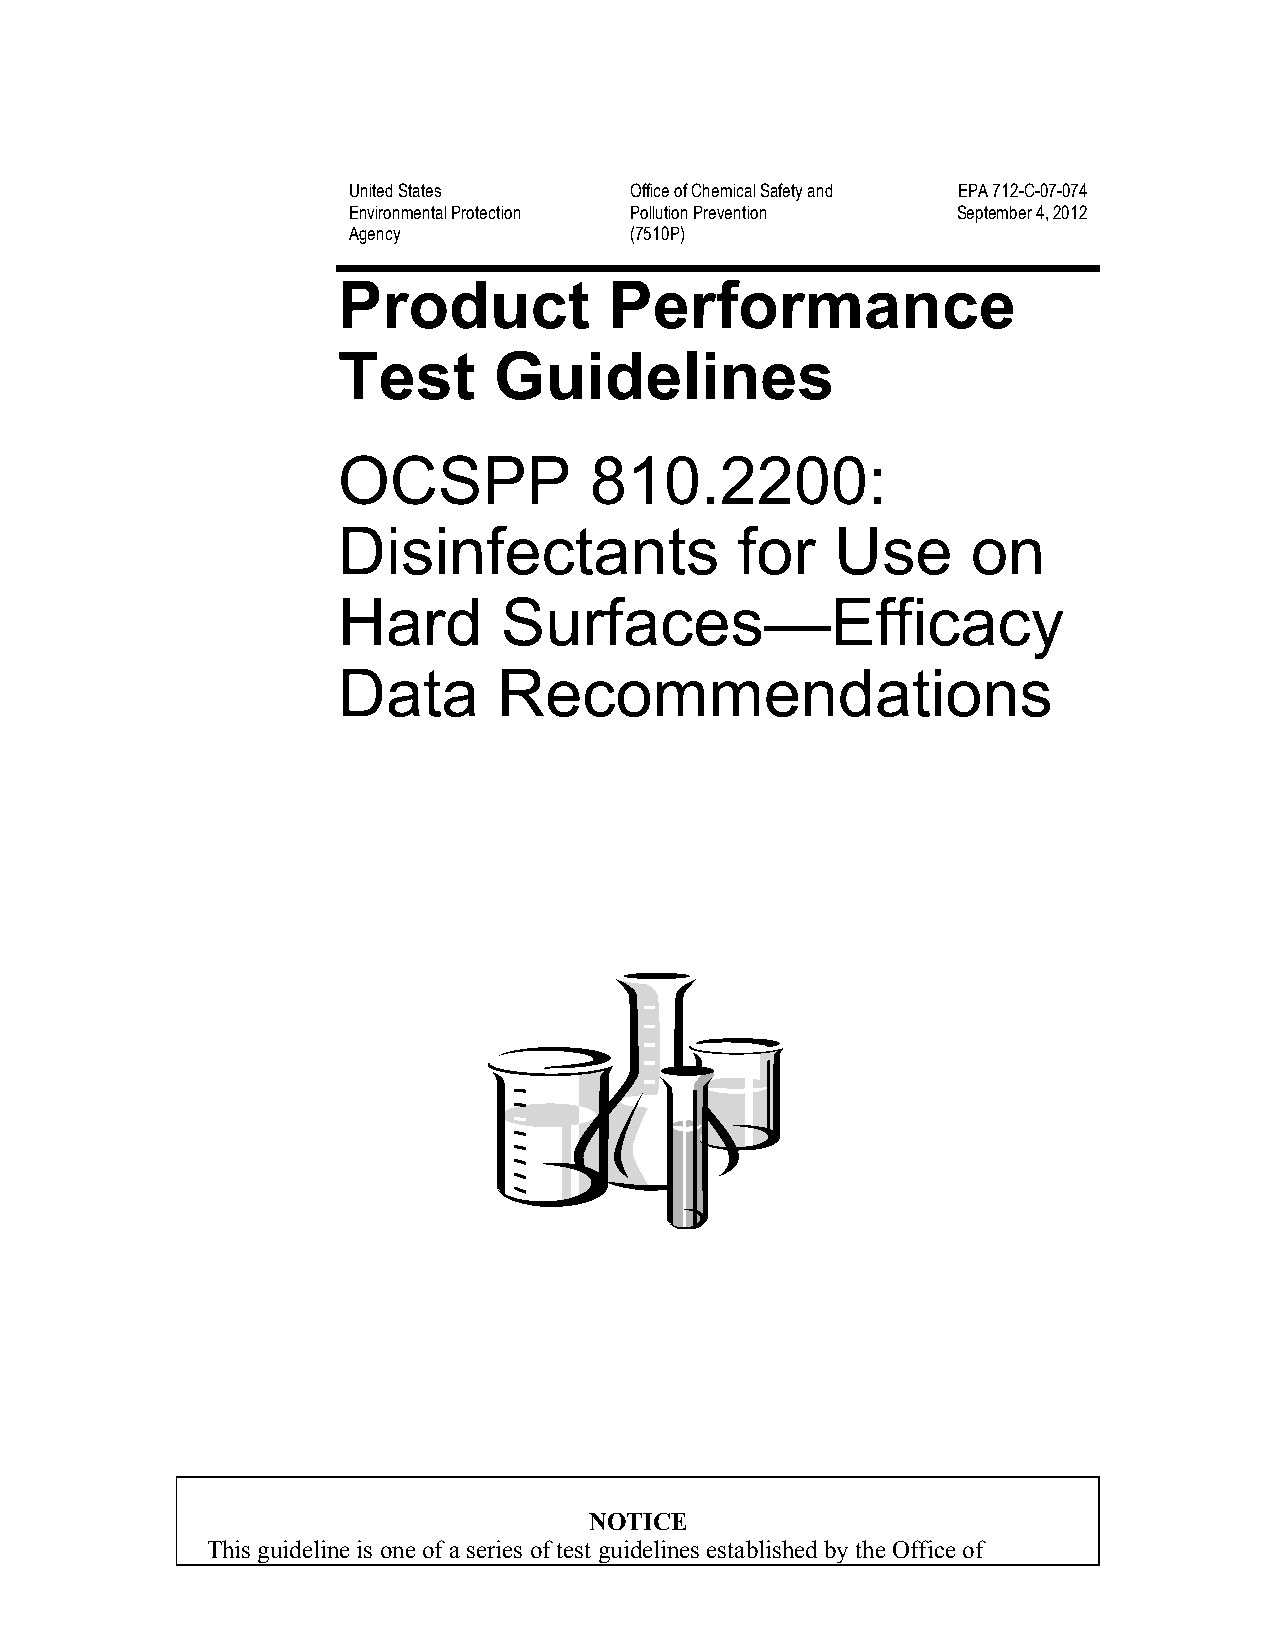
United States      Office of Chemical Safety and EPA 712-C-07-074
 Environmental Protection Pollution Prevention September 4, 2012
 Agency             (7510P)
 Product           Performance
 Test       Guidelines
 OCSPP            810.2200:
 Disinfectants              for   Use      on
 Hard       Surfaces—Efficacy
 Data       Recommendations
 NOTICE
 This guideline is one of a series of test guidelines established by the Office of